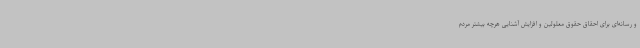
و رسانه‌ای برای احقاق حقوق معلولین و افزایش آشنایی هرچه بیشتر مردم